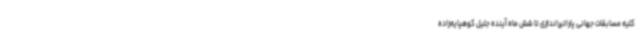
کلیه مسابقات جهانی پاراتیراندازی تا شش ماه آینده جلیل کوهپایه‌زاده